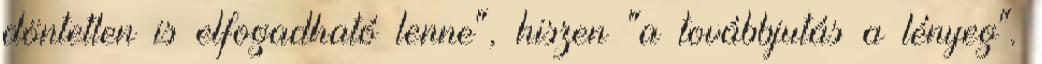
döntetlen is elfogadható lenne", hiszen "a továbbjutás a lényeg".